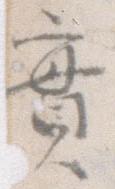
実